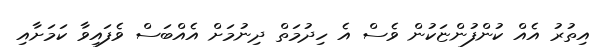
އިތުރު އެއް ކުންފުންޏަކުން ވެސް އެ ހިދުމަތް ދިނުމަށް އެއްބަސް ވެފައިވާ ކަމަށާއި